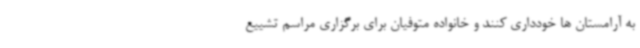
به آرامستان ها خودداری کنند و خانواده متوفیان برای برگزاری مراسم تشییع